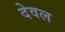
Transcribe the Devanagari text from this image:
देवल